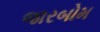
જારબોમ